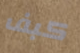
كبف